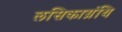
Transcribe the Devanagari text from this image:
लसिकाग्रंथि